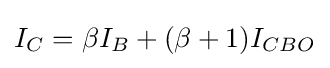
I_{C}=\beta I_{B}+(\beta +1)I_{CBO}